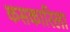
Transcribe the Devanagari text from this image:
कसकारिला